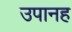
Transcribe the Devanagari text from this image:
उपानह